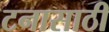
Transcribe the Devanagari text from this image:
टनासाठी